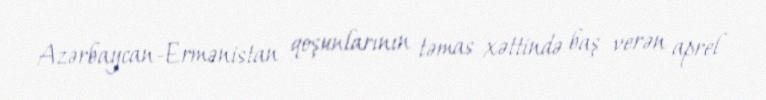
Azərbaycan-Ermənistan qoşunlarının təmas xəttində baş verən aprel